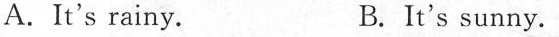
A.It's rainy. B. It's sunny.